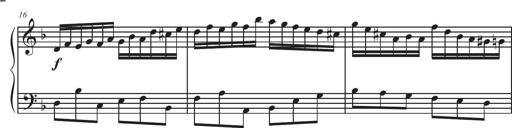
Title: Sonatina Espania
Composer: Jerald Franklin Archer
Key: Various